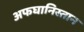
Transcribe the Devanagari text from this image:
अफघानिस्तान